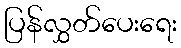
ပြန်လွှတ်ပေးရေး